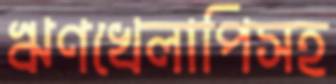
ঋণখেলাপিসহ